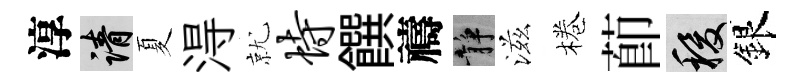
淳請夏淂就恃饌禱静滋棬莭稷銀